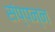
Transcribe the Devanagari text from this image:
संप्पन्न